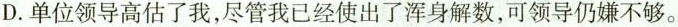
D.单位领导高估了我，尽管我已经使出了浑身解数，可领导仍嫌不够。